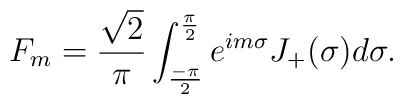
F_{m}=\frac{\sqrt{2}}{\pi}\int_{\frac{-\pi}{2}}^{\frac{\pi}{2}}e^{im\sigma}J_{+}(\sigma)d\sigma.